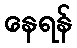
နေရန်